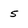
Character: 5